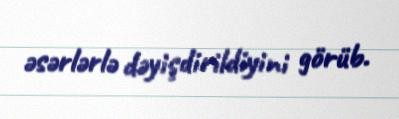
əsərlərlə dəyişdirildiyini görüb.